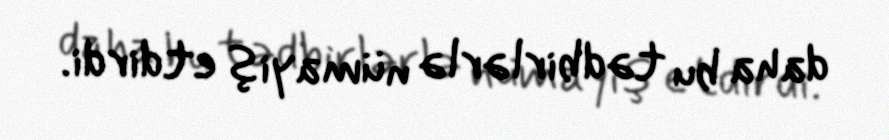
daha bu tədbirlərlə nümayiş etdirdi.